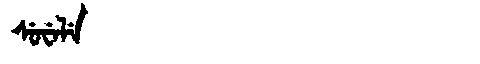
Manchu: ᠰᡠᠸᡝᠯᡝ
Romanization: SUWELE